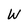
Character: W